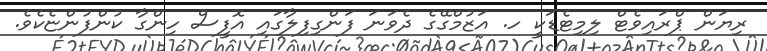
ރިޔަން ޕްރައިވެޓް ލިމިޓެޑަކީ ހ. އަޒުމްގޭގެ ދެވަނަ ފަންގިފިލާގައި އޮފީސް ހިންގާ ކުންފުންޏެކެވެ.